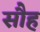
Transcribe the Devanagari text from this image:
सौह